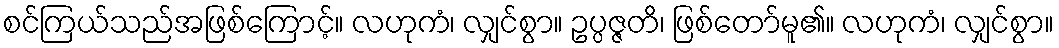
စင်ကြယ်သည်အဖြစ်ကြောင့်။ လဟုကံ၊ လျှင်စွာ။ ဥပ္ပဇ္ဇတိ၊ ဖြစ်တော်မူ၏။ လဟုကံ၊ လျှင်စွာ။